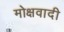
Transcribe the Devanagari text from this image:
मोक्षवादी